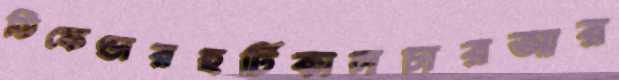
ডিফেণ্ডারহর্টিকালচারআর